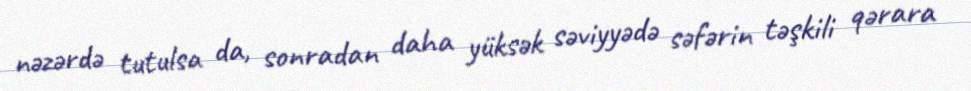
nəzərdə tutulsa da, sonradan daha yüksək səviyyədə səfərin təşkili qərara